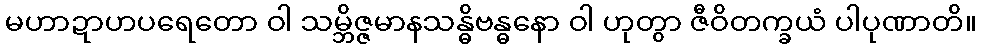
မဟာဍာဟပရေတော ဝါ သမ္ဘိဇ္ဇမာနသန္ဓိဗန္ဓနော ဝါ ဟုတွာ ဇီဝိတက္ခယံ ပါပုဏာတိ။